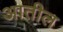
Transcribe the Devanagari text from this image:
अातील